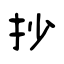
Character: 抄